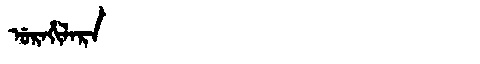
Manchu: ᡠᡵᠠᡥᡳᠯᠠᡵᠠ
Romanization: URAHILARA